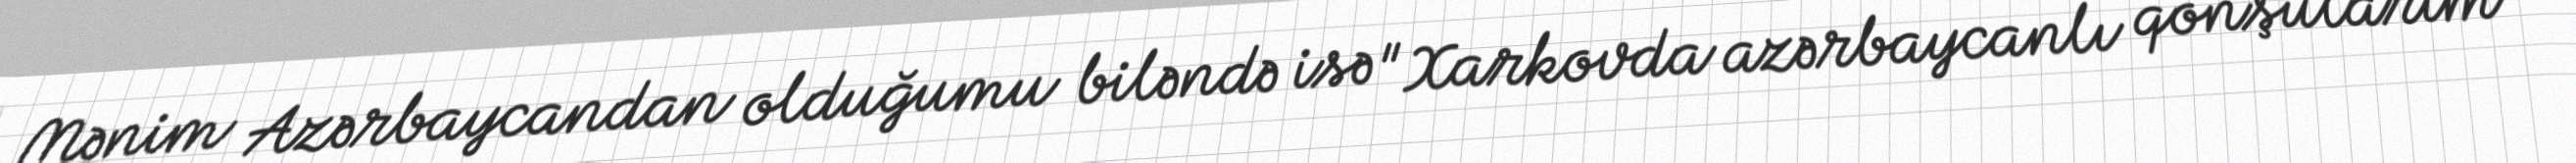
Mənim Azərbaycandan olduğumu biləndə isə "Xarkovda azərbaycanlı qonşularım